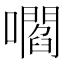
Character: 嚪